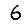
Digit: 6